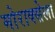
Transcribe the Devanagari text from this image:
मोराक्सेला